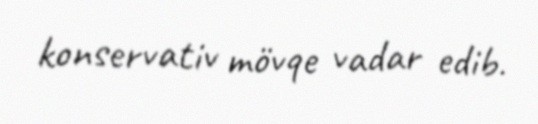
konservativ mövqe vadar edib.